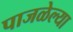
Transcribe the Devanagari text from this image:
पाजळेल्या